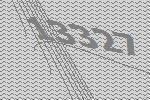
13327